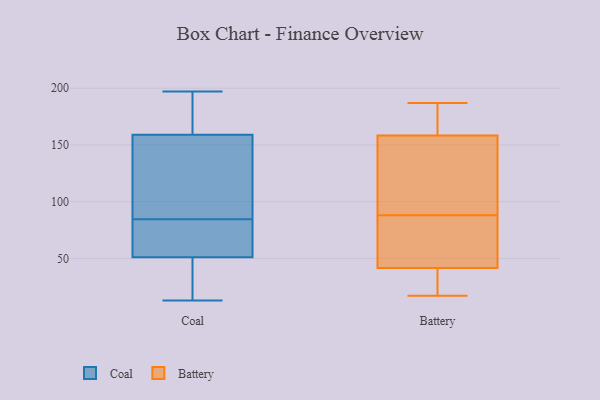
{"axis": {"x": "Customer Acquisition Cost (USD)", "y": "Value"}, "legend": ["Battery", "Coal"], "data": [{"x": "", "y": 86, "type": "Coal"}, {"x": "", "y": 57, "type": "Coal"}, {"x": "", "y": 197, "type": "Coal"}, {"x": "", "y": 83, "type": "Coal"}, {"x": "", "y": 154, "type": "Coal"}, {"x": "", "y": 81, "type": "Coal"}, {"x": "", "y": 106, "type": "Coal"}, {"x": "", "y": 196, "type": "Coal"}, {"x": "", "y": 45, "type": "Coal"}, {"x": "", "y": 78, "type": "Coal"}, {"x": "", "y": 20, "type": "Coal"}, {"x": "", "y": 23, "type": "Coal"}, {"x": "", "y": 13, "type": "Coal"}, {"x": "", "y": 164, "type": "Coal"}, {"x": "", "y": 120, "type": "Coal"}, {"x": "", "y": 195, "type": "Coal"}, {"x": "", "y": 165, "type": "Battery"}, {"x": "", "y": 171, "type": "Battery"}, {"x": "", "y": 40, "type": "Battery"}, {"x": "", "y": 42, "type": "Battery"}, {"x": "", "y": 156, "type": "Battery"}, {"x": "", "y": 187, "type": "Battery"}, {"x": "", "y": 75, "type": "Battery"}, {"x": "", "y": 137, "type": "Battery"}, {"x": "", "y": 88, "type": "Battery"}, {"x": "", "y": 136, "type": "Battery"}, {"x": "", "y": 17, "type": "Battery"}, {"x": "", "y": 37, "type": "Battery"}, {"x": "", "y": 62, "type": "Battery"}]}